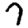
Digit: 7